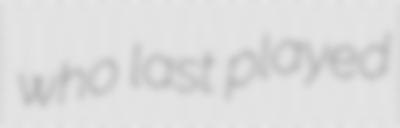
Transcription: who last played